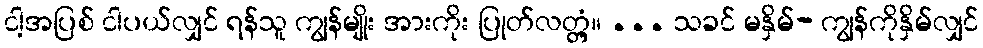
ငါ့အပြစ် ငါပယ်လျှင် ရန်သူ ကျွန်မျိုး အားကိုး ပြုတ်လတ္တံ့။ ... သခင် မနှိမ်- ကျွန်ကိုနှိမ်လျှင်